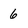
Character: 6